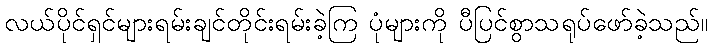
လယ်ပိုင်ရှင်များရမ်းချင်တိုင်းရမ်းခဲ့ကြ ပုံများကို ပီပြင်စွာသရုပ်ဖော်ခဲ့သည်။